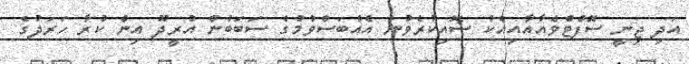
އަދި ޖިނީ ސޮފްޓްވެއާއާއިއެކު ސޮއިކުރެވުނު އެއްބަސްވުމުގެ ސަބަބުން އުރީދޫ އިން ކުރާ ހަރަދުގެ